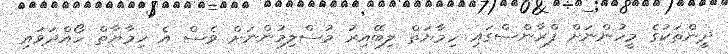
ދީންތަކުގެ މީހުންނަށް ފްރާންސްގައި ހިމާޔަތް ލިބޭއިރު މުސްލިމުންނަށް ވެސް އެ ހިމާޔާތް ހޯއްދަވައި